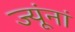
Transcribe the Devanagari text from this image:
ज्यूंनां